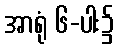
အာရုံ ၆-ပါး၌